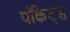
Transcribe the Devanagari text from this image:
पॉकेट्स